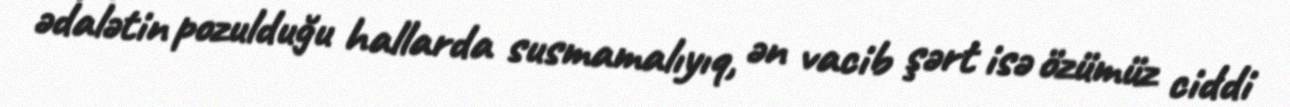
ədalətin pozulduğu hallarda susmamalıyıq, ən vacib şərt isə özümüz ciddi